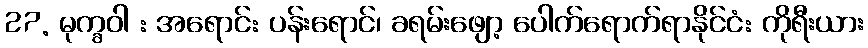
27. မုက္ခဝါ : အရောင်: ပန်းရောင်၊ ခရမ်းဖျော့ ပေါက်ရောက်ရာနိုင်ငံ: ကိုရီးယား